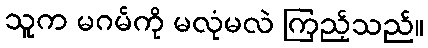
သူက မဂမ်ကို မလုံမလဲ ကြည့်သည်။